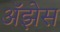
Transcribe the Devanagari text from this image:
अॅझेस